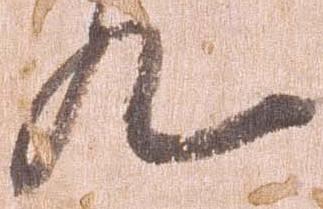
九